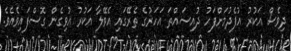
ދިވެސް އަކުރު އުފެދުމަށްފަހު ދުއިސައްތަ އަހަރުގެ ތެރޭގައި އެވޭލާ އަކުރު އުވިގެން ގޮސްފައިވެއެވެ.